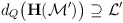
\begin{align*}d_Q \big(\textbf{H}(\mathcal{M}')\big) \supseteq \mathcal{L}'\end{align*}